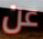
عن